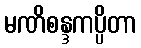
မဏိစန္ဒကပ္ပိတာ